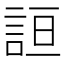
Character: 𰴮